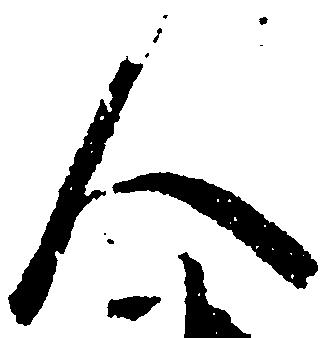
人